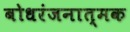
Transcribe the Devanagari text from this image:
बोधरंजनात्मक